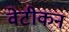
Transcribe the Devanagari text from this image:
वेटीकन